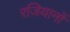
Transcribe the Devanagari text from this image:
रजियानों